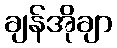
ချန်အိုချာ